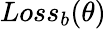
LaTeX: Loss_{b}(\theta)